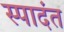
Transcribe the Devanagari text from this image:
स्पादंत